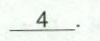
\underline{ 4} .